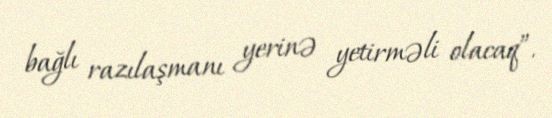
bağlı razılaşmanı yerinə yetirməli olacaq”.